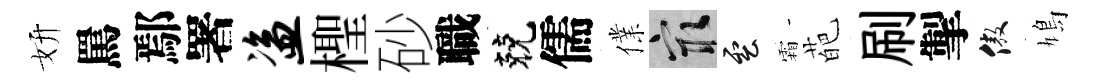
妍罵鄢署盗檉砂職兢儒㒒冣雲霜葩刷掣傲鳩